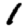
Digit: 1